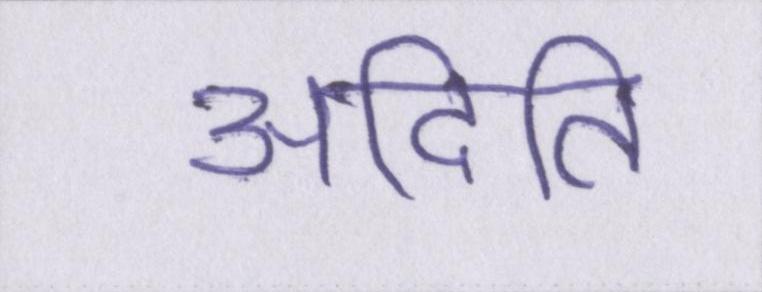
अदिति